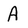
Character: A